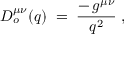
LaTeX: D _ { o } ^ { \mu \nu } ( q ) \; = \; { \frac { - \, g ^ { \mu \nu } } { q ^ { 2 } } } \; ,